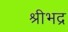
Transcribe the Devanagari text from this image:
श्रीभद्र